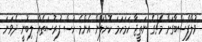
ވުލްފްސްބާގަށް މެޗުގެ ނަތީޖާ ހަމަހަމަ ކޮށްލަން އެންމެ ހުސް ފުރުސަތެއް ލިބުނީ ދެވަނަ